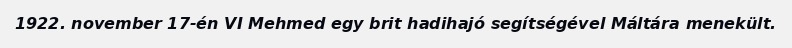
1922. november 17-én VI Mehmed egy brit hadihajó segítségével Máltára menekült.